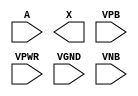
module sky130_fd_sc_hdll__probec_p (
    //# {{data|Data Signals}}
    input  A   ,
    output X   ,

    //# {{power|Power}}
    input  VPB ,
    input  VPWR,
    input  VGND,
    input  VNB
);
endmodule